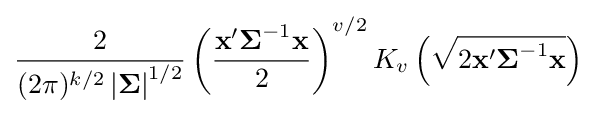
{\frac {2}{(2\pi )^{k/2}\left|{\boldsymbol {\Sigma }}\right|^{1/2}}}\left({\frac {\mathbf {x} '{\boldsymbol {\Sigma }}^{-1}\mathbf {x} }{2}}\right)^{v/2}K_{v}\left({\sqrt {2\mathbf {x} '{\boldsymbol {\Sigma }}^{-1}\mathbf {x} }}\right)